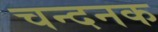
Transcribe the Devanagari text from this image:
चन्दनक